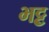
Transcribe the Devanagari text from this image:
भट्ट़